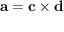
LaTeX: \mathbf { a } = \mathbf { c } \times \mathbf { d }